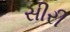
સીરી